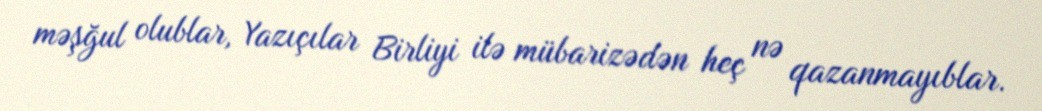
məşğul olublar, Yazıçılar Birliyi ilə mübarizədən heç nə qazanmayıblar.